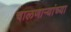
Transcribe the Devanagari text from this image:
चालणार्‍यांच्या